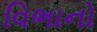
વિભાનો